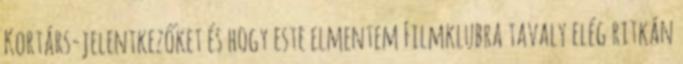
Kortárs-jelentkezőket és hogy este elmentem Filmklubra tavaly elég ritkán